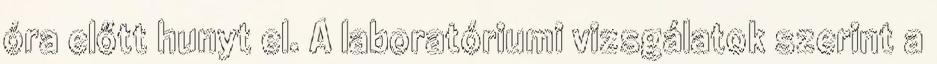
óra előtt hunyt el. A laboratóriumi vizsgálatok szerint a